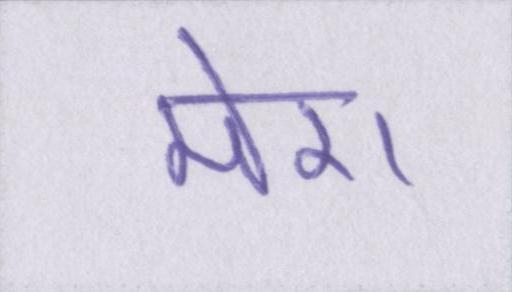
मेरा